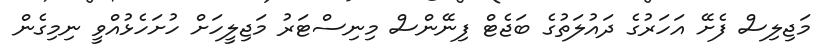
މަޖިލިސް ފެށޭ އަހަރުގެ ދައުލަތުގެ ބަޖެޓް ފިނޭންސް މިނިސްޓަރު މަޖިލީހަށް ހުށަހެޅުއްވީ ނިމިގެން